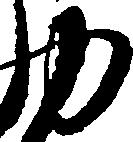
力